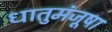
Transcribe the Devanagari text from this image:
धातुमंजूषा